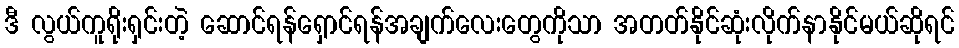
ဒီ လွယ်ကူရိုးရှင်းတဲ့ ဆောင်ရန်ရှောင်ရန်အချက်လေးတွေကိုသာ အတတ်နိုင်ဆုံးလိုက်နာနိုင်မယ်ဆိုရင်